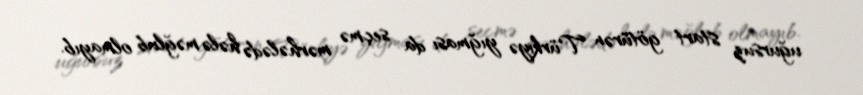
uğursuz start götürən Türkiyə yığması da seçmə mərhələdə hələ məğlub olmayıb.